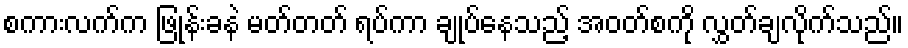
စကားလက်က ဖြုန်းခနဲ မတ်တတ် ရပ်ကာ ချုပ်နေသည့် အဝတ်စကို လွှတ်ချလိုက်သည်။